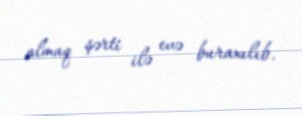
almaq şərti ilə evə buraxılıb.